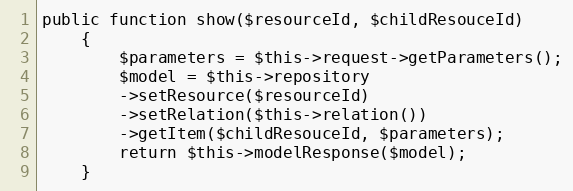
Language: PHP
public function show($resourceId, $childResouceId)
    {
        $parameters = $this->request->getParameters();
        $model = $this->repository
        ->setResource($resourceId)
        ->setRelation($this->relation())
        ->getItem($childResouceId, $parameters);
        return $this->modelResponse($model);
    }